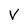
Character: V